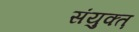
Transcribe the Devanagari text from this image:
संयुक्त़